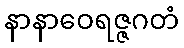
နာနာဝေရဇ္ဇဂတံ